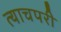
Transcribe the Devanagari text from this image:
त्याचपरी